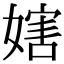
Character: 𡟲